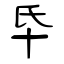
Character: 氒